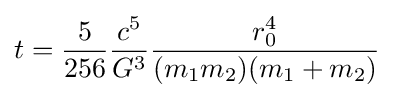
t={\frac {5}{256}}{\frac {c^{5}}{G^{3}}}{\frac {r_{0}^{4}}{(m_{1}m_{2})(m_{1}+m_{2})}}\